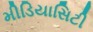
મીડિયાસિટી